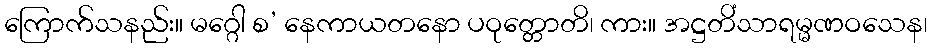
ကြောက်သနည်း။ မဂ္ဂေါ စ’ နေကာယတနော ပဝုတ္တောတိ၊ ကား။ အဋ္ဌတိံသာရမ္မဏဝသေန၊